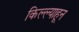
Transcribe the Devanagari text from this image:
किल्ल्याहून